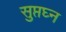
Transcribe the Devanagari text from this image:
सुप्तघ्न